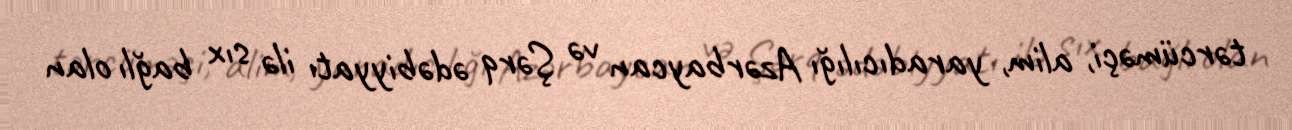
tərcüməçi, alim, yaradıcılığı Azərbaycan və Şərq ədəbiyyatı ilə sıx bağlı olan